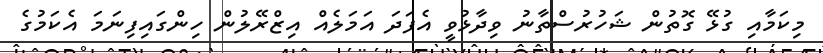
މިކަމާއި ގުޅޭ ގޮތުން ޝަހުރުސްތާނު ވިދާޅުވީ އެފަދަ އަމަލެއް އިޒްރޭލުން ހިންގައިފިނަމަ އެކަމުގެ